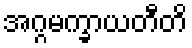
အဂ္ဂမက္ခာယတီတိ